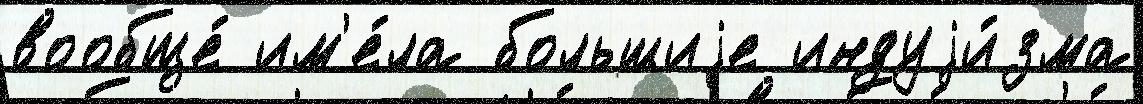
вообще́ им'е́ла большиjе индуjи́зма